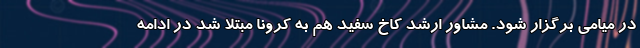
در میامی برگزار شود. مشاور ارشد کاخ سفید هم به کرونا مبتلا شد در ادامه